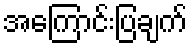
အကြောင်းပြချက်